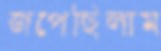
জপেছিলাম